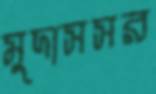
মুদাসসর